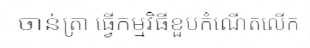
ចាន់ត្រា ធ្វើកម្មវិធីខួបកំណើតលើក